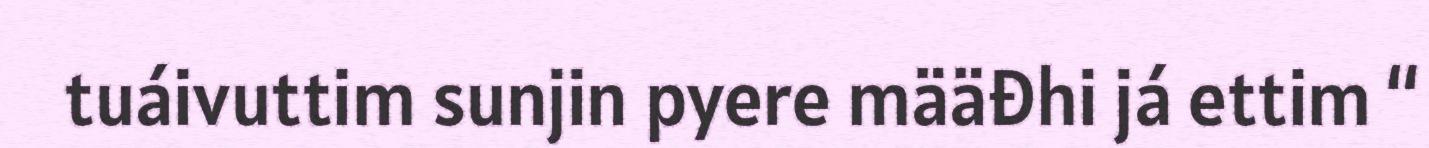
tuáivuttim sunjin pyere määđhi já ettim “